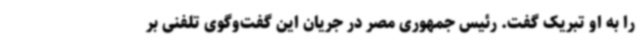
را به او تبریک گفت. رئیس جمهوری مصر در جریان این گفت‌وگوی تلفنی بر